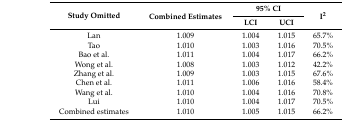
| <ROWSPAN=2> Study Omitted | <ROWSPAN=2> Combined Estimates | <COLSPAN=2> 95% CI | <ROWSPAN=2> I2 |
 | LCI | UCI |
 | --- | --- | --- | --- | --- |
 | Lan | 1.009 | 1.004 | 1.015 | 65.7% |
 | Tao | 1.010 | 1.003 | 1.016 | 70.5% |
 | Bao et al. | 1.011 | 1.004 | 1.017 | 66.2% |
 | Wong et al. | 1.008 | 1.003 | 1.012 | 42.2% |
 | Zhang et al. | 1.009 | 1.003 | 1.015 | 67.6% |
 | Chen et al. | 1.011 | 1.006 | 1.016 | 58.4% |
 | Wang et al. | 1.010 | 1.004 | 1.016 | 70.8% |
 | Lui | 1.010 | 1.004 | 1.017 | 70.5% |
 | Combined estimates | 1.010 | 1.005 | 1.015 | 66.2% |